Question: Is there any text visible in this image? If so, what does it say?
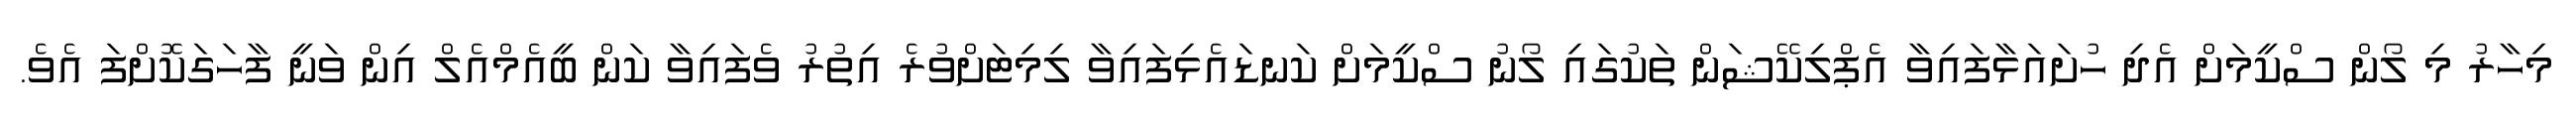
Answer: މިހާރު މި ލޯން ސްކީމަށް އެދި ހުށައަޅާފައިވާ އެޕްލިކޭޝަން ތަކުގައި ލޯނު ސްކީމަށް ކަނޑައެޅިފައިވާ ލިމިޓަށްވުރެ އިތުރު ވެފައިވާ ކަން ބީއެމްއެލް އިން ވަނީ ފާހަގަކޮށްފަ އެވެ.